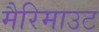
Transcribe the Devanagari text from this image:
मैरिमाउट